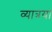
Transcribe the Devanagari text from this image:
व्यात्रया